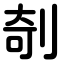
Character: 剞